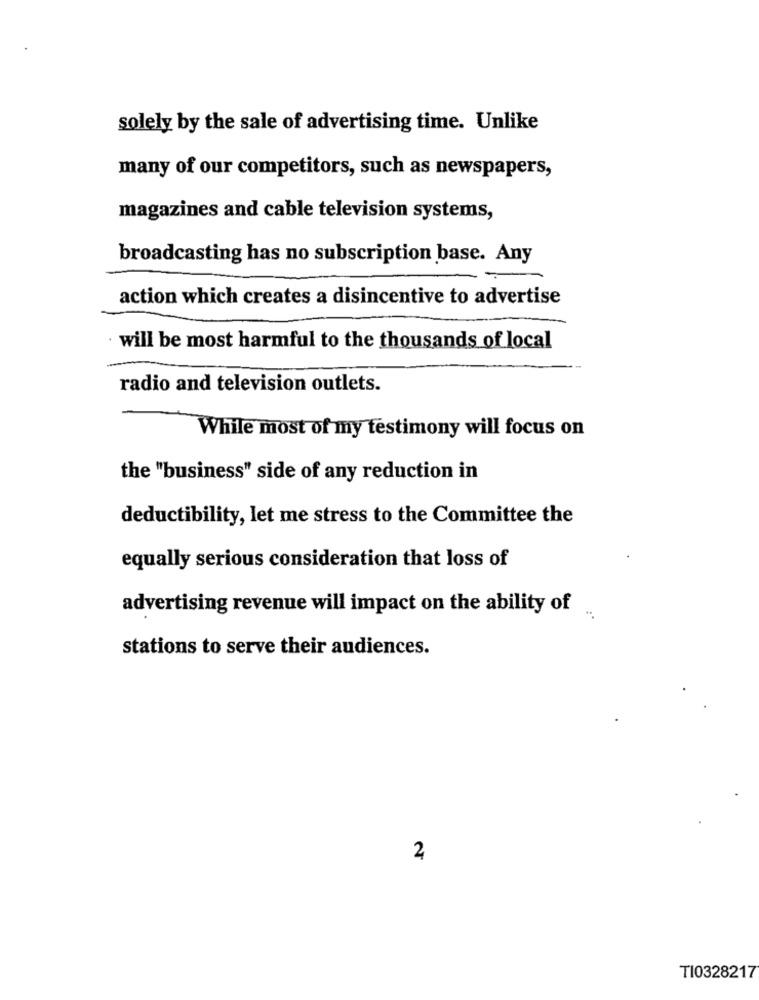
solely by the sale of advertising time. Unlike
many of our competitors, such as newspapers,
magazines and cable television systems,
broadcasting has no subscription base. Any
action which creates a disincentive to advertise
will be most harmful to the thousands of local
radio and television outlets.
While most of my testimony will focus on
the "business" side of any reduction in
deductibility, let me stress to the Committee the
equally serious consideration that loss of
advertising revenue will impact on the ability of
stations to serve their audiences.
2
TI0328217